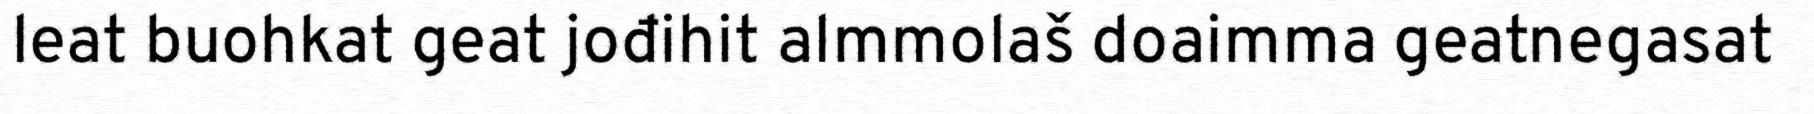
leat buohkat geat jođihit almmolaš doaimma geatnegasat